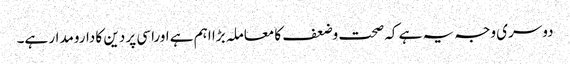
دوسری وجہ یہ ہے کہ صحت وضعف کا معاملہ بڑا اہم ہے اوراسی پر دین کا دارومدار ہے۔